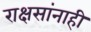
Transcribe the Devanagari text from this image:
राक्षसांनाही